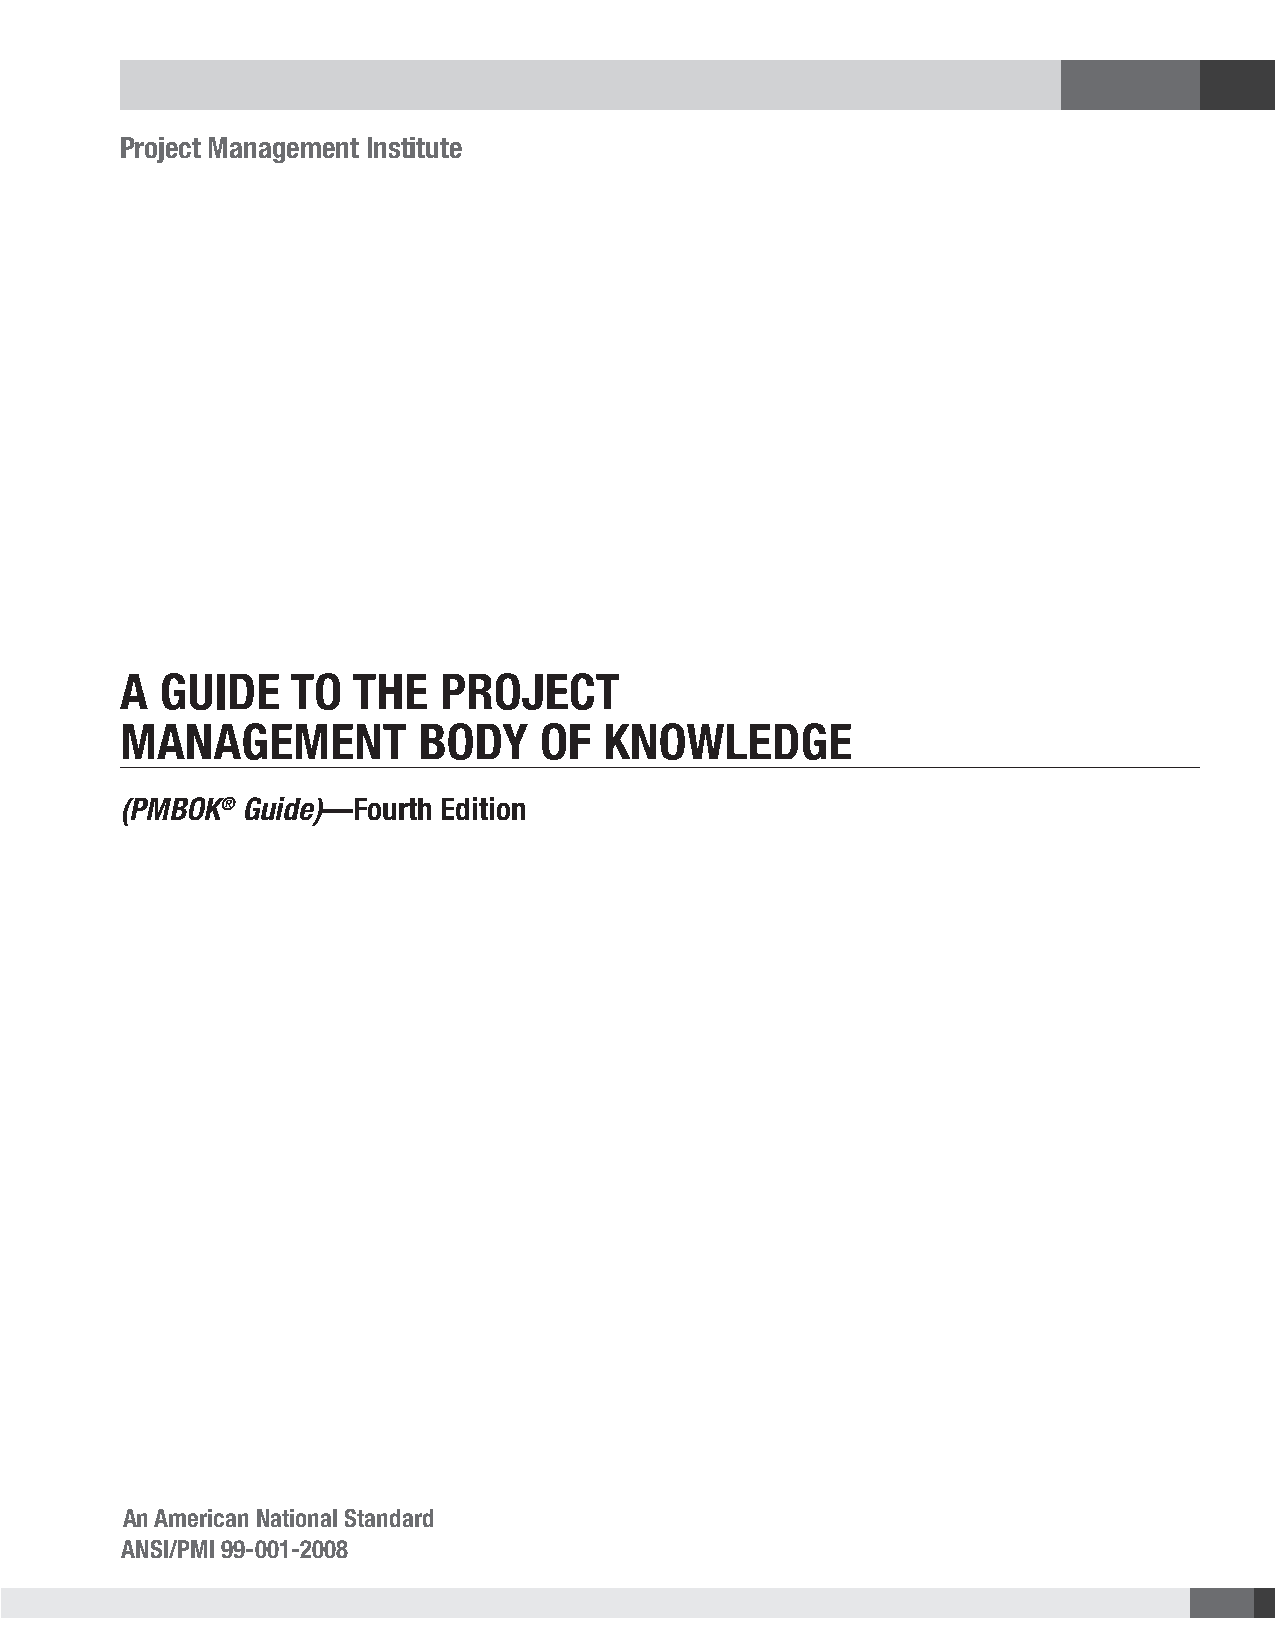
Project Management Institute
 A  Guide   to  the   Project
 MAnAGeMent          Body    of  KnowledGe
 (PMBOK® Guide)—Fourth Edition
 An American National Standard
 ANSI/PMI 99-001-2008